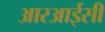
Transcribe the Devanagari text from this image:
आरआईसी